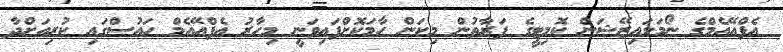
އެފްއޭއެމްގެ ނޯމަލައިޒޭޝަން ކޮމިޓީގެ ފަރާތުން މިކަން ހާމަކޮށްފައިވަނީ މިހާރު އެފްއޭއެމް ހައުސްގައި ކުރިއަށްދާ